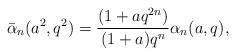
LaTeX: \begin{align*}\bar{\alpha}_n(a^2,q^2)=\frac{(1+aq^{2n})}{(1+a)q^n}\alpha_n(a,q),\end{align*}